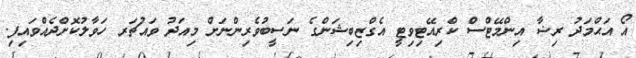
އޯ އަޙްމަދު ރިޟާ އިންމޭޓްސް ކްރިއޭޓިވިޓީ އެގްޒިބިޝަންގެ ނަސީބުވެރިންނަށް މިއަދު ވައުޗަރ ހަވާލުކޮށްދެއްވައިފި.